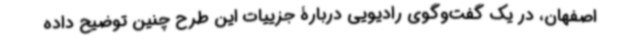
اصفهان، در یک گفت‌وگوی رادیویی دربارۀ جزییات این طرح چنین توضیح داده